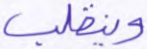
وينقلب